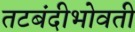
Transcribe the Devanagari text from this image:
तटबंदीभोवती